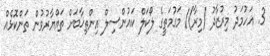
3. އަހުމަދު މިރުޒާދު (މިރާ)/ މަގުމަތީގެ ލޯކަލް ކައުންސިލް އިންތިޚާބަށް ތައްޔާރުވުން ތަންކޮޅެއް